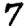
Digit: 7